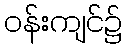
ဝန်းကျင်၌